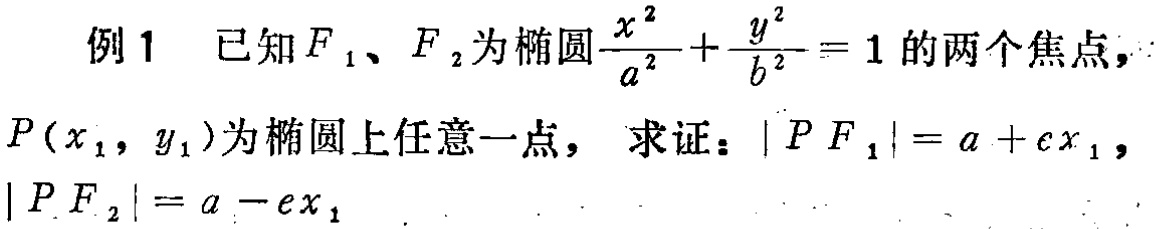
例1 已知\(F_1\)、\(F_2\)为椭圆\(\frac{x^{2}}{a^{2}}+\frac{y^{2}}{b^{2}} = 1\)的两个焦点，\(P(x_1,y_1)\)为椭圆上任意一点，求证：\(\vert PF_1\vert=a + ex_1\)，\(\vert PF_2\vert=a - ex_1\)